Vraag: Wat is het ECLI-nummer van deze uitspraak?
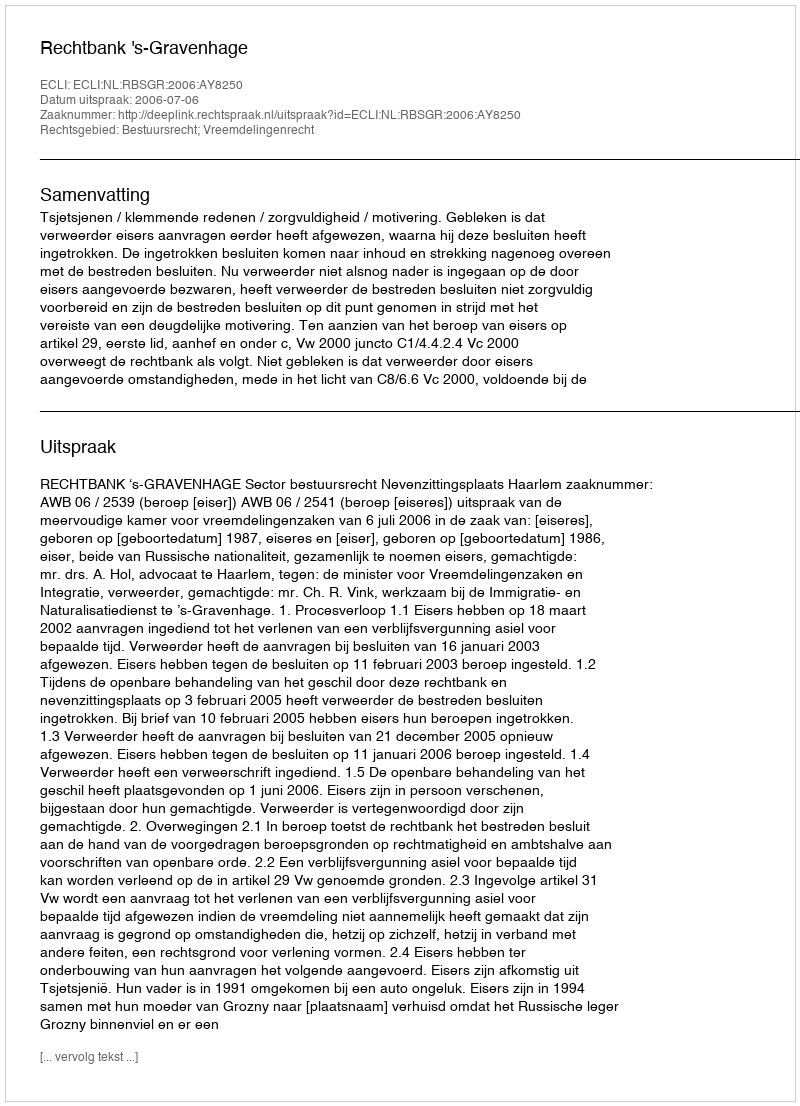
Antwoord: ECLI:NL:RBSGR:2006:AY8250